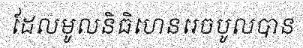
ដែលមូលនិធិហេនរេចបូលបាន